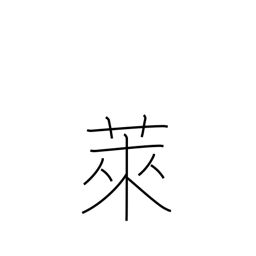
Meaning: fallow field